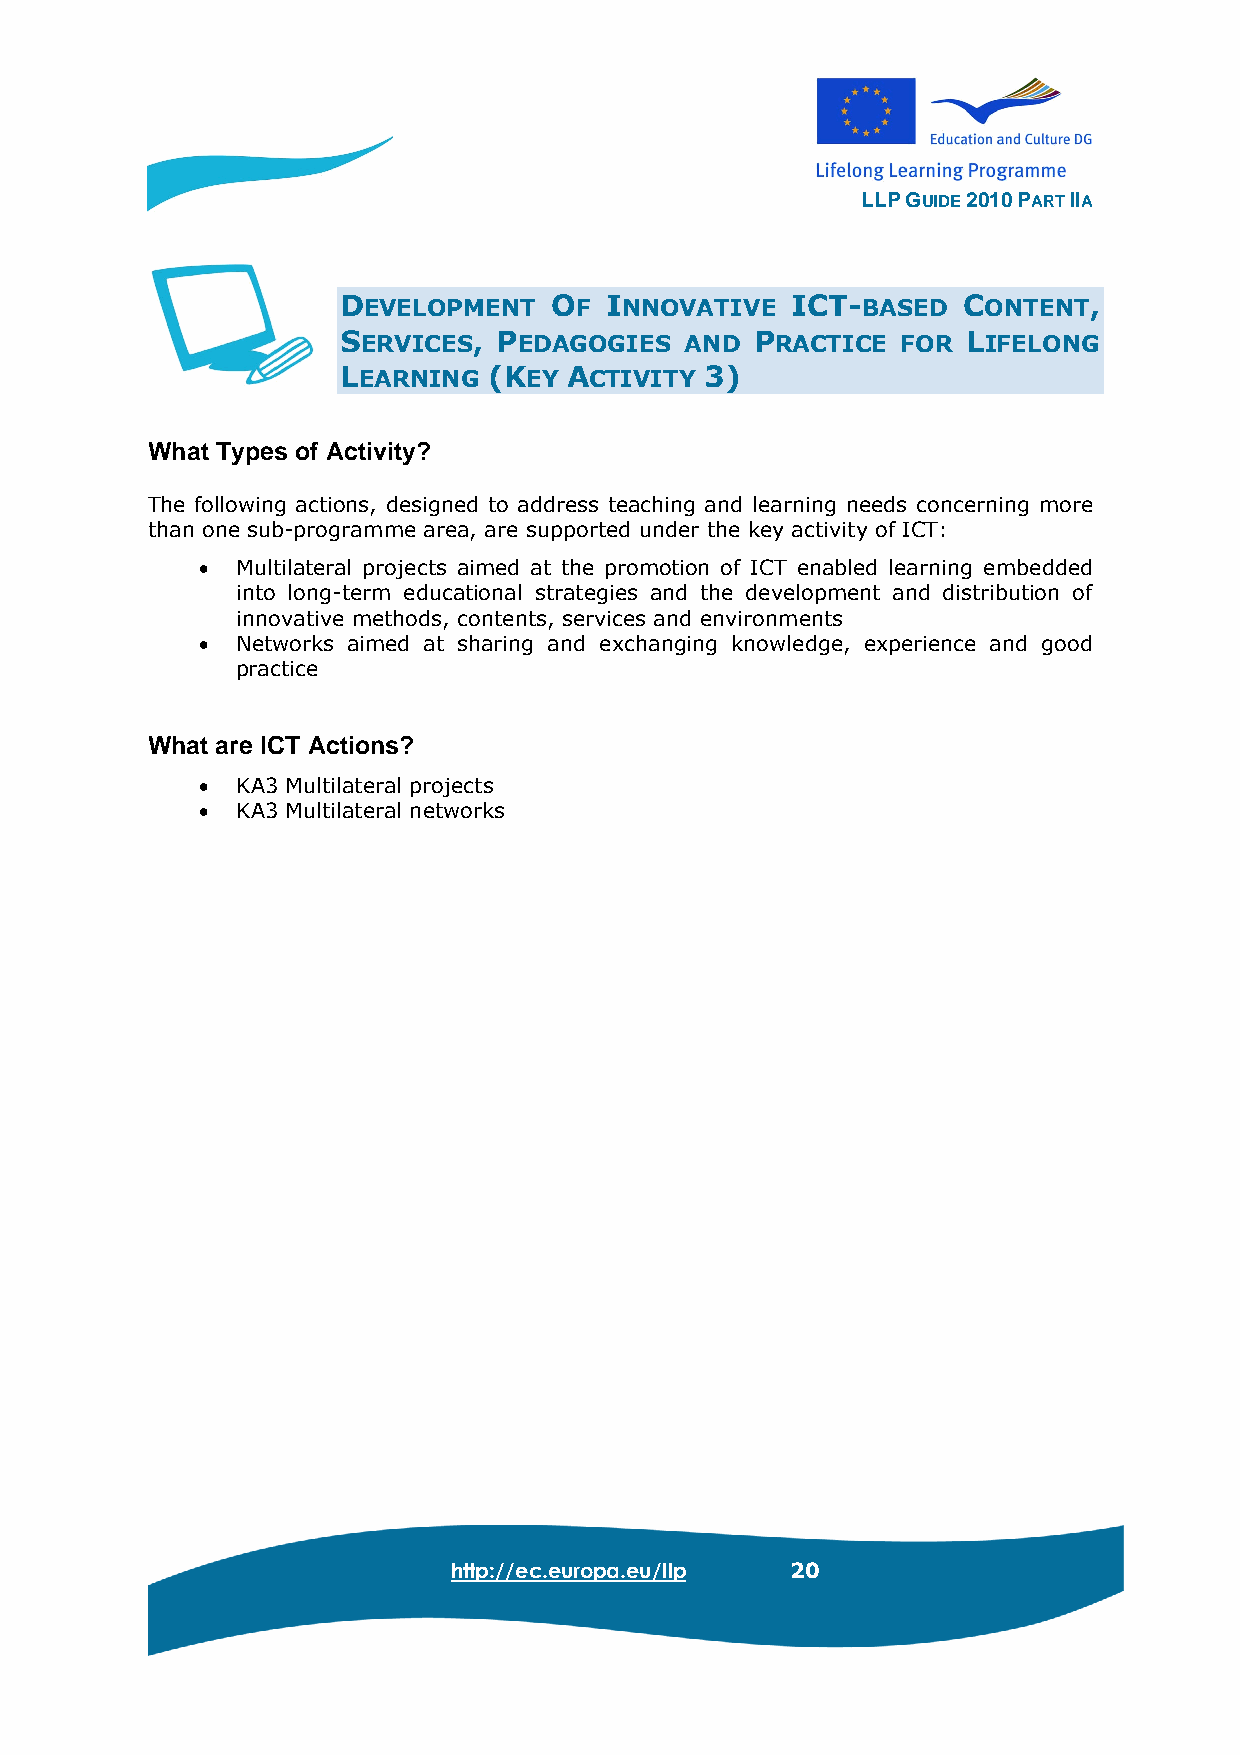
LLP GUIDE 2010 PART IIA
 DEVELOPMENT  OF  INNOVATIVE  ICT-BASED   CONTENT,
 SERVICES, PEDAGOGIES  AND  PRACTICE  FOR LIFELONG
 LEARNING (KEY ACTIVITY  3)
 What Types of Activity?
 The following actions, designed to address teaching and learning needs concerning more
 than one sub-programme area, are supported under the key activity of ICT:
 •  Multilateral projects aimed at the promotion of ICT enabled learning embedded
 into long-term educational strategies and the development and distribution of
 innovative methods, contents, services and environments
 •  Networks aimed at sharing and exchanging knowledge, experience and good
 practice
 What are ICT Actions?
 •  KA3 Multilateral projects
 •  KA3 Multilateral networks
 http://ec.europa.eu/llp 20